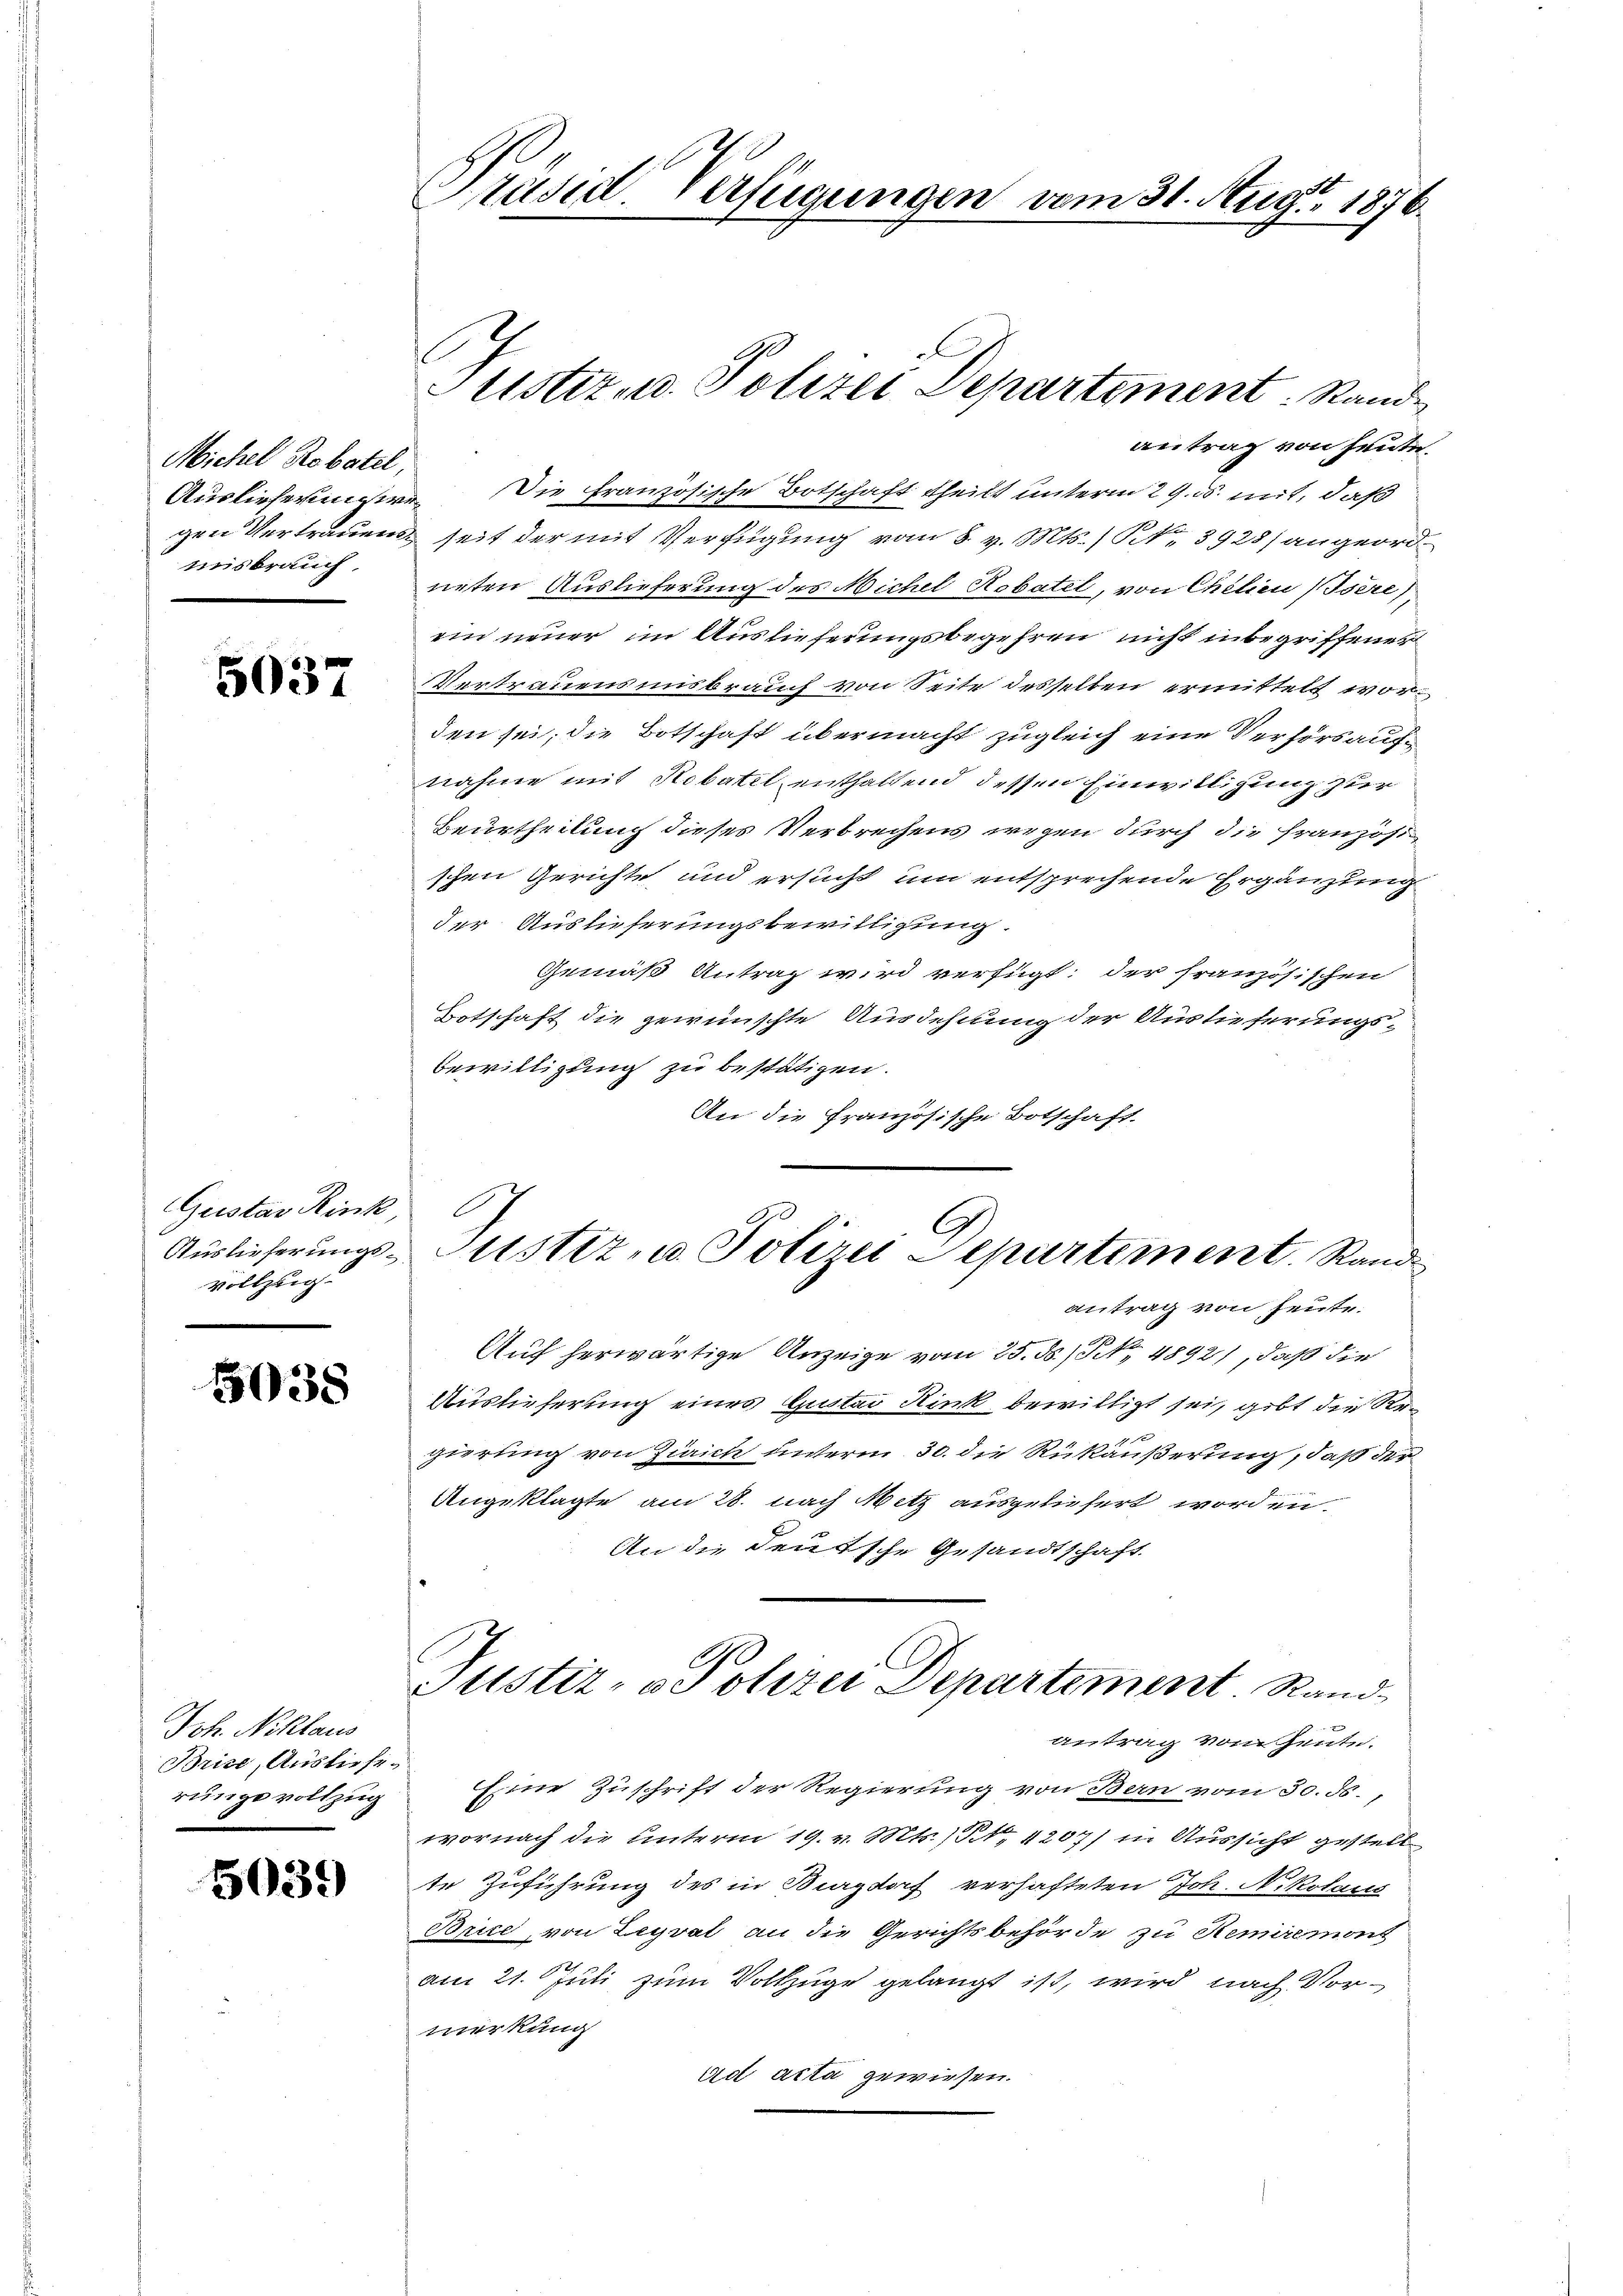
Michel Robatel,
misbrauch.

5037

Gustav Rink,
Auslieferungsvollzug.

5038

Joh. Niklaus
Brice, Ausliefe.
rungsvollzug

5039

Präsid Verfügungen vom 31. Aug. 1876

Justiz- u. Polizei Departement: Stande

antrag von heute.
Auslieferungere. Die französische Botschaft theilt unterm 29. ds. mit, daß
gen Vertrauen seit der mit Verfügung vom 8. v. Mts. S. 3928) angeordneten Auslieferung des Michel Robatel, von Chilien sere
ein neuer im Auslieferungsbegehren nicht inbegriffener
Vertrauensmisbrauch von Seite desselben ermittelt worden sei, die Botschaft übermacht zugleich eine Verhörs aufnahme mit Robatel enthaltend dessen Einwilligung zur
Beurtheilung dieses Verbrechens wegen durch die französischen Gerichte und ersucht um entsprechende Ergänzung
der Auslieferungsbewilligung.
Gemäß Antrag wird verfügt: der französischen
Botschaft die gewünschte Ausdehnung der Auslieferungs-
Bewilligung zu bestätigen.
An die Französische Botschaft
Justiz, u. Polizei Departement. Rand
antrag von heute.
Auf herwärtige Anzeige vom 25. ds. S. 4892), daß die
Auslieferung eines Gustai Kink bewilligt sei, gibt die Regierung von Zürich unterm 30. die Rükäußerung, daß der
Angeklagte am 28. nach Mitz ausgeliefert worden.
An die deutsche Gesandtschaft.
Justiz- & Polizei Departement Rand
antrag vom heute.
Eine Zuschrift der Regierung von Bern vom 30. ds.,
wornach die unterm 19. v. Mts. S. 4207) in Aussicht gestell
te Zuführung des in Burgdorf verhafteten Joh. Nikolaus
Brice, von Legrat an die Gerichtsbehörde zu Hemiremont
am 21. Juli zum Volkzüge gelangt ist, wird nach Vormerkung
ad acta gewiesen.